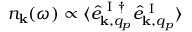
n _ { \bf k } ( \omega ) \propto \langle \hat { e } _ { { \bf k } , q _ { p } } ^ { \mathrm { ~ I ~ } \dagger } \hat { e } _ { { \bf k } , q _ { p } } ^ { \mathrm { ~ I ~ } } \rangle